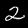
Digit: 2